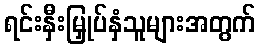
ရင်းနှီးမြှုပ်နှံသူများအတွက်